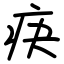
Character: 疦